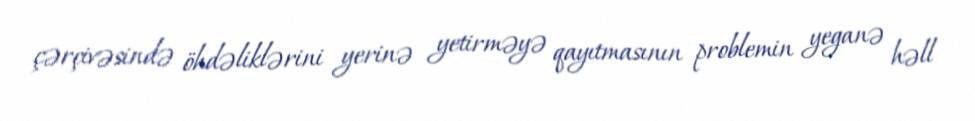
çərçivəsində öhdəliklərini yerinə yetirməyə qayıtmasının problemin yeganə həll